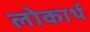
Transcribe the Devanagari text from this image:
लोकार्थ